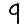
Digit: 9